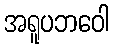
အရူပဘဝေါ